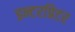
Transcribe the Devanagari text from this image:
इन्टरप्रिटर